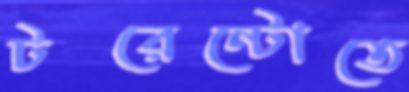
টরেন্টোতে